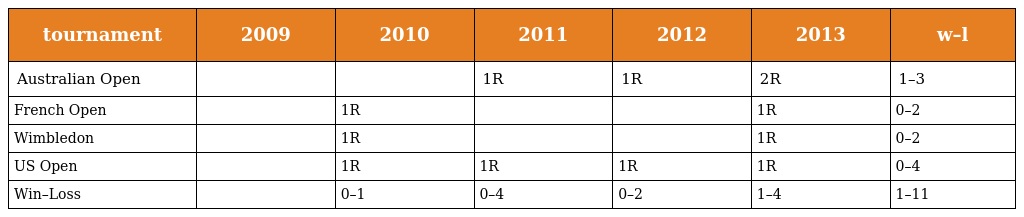
| tournament | 2009 | 2010 | 2011 | 2012 | 2013 | w–l |
 | --- | --- | --- | --- | --- | --- | --- |
 | Australian Open |  |  | 1R | 1R | 2R | 1–3 |
 | French Open |  | 1R |  |  | 1R | 0–2 |
 | Wimbledon |  | 1R |  |  | 1R | 0–2 |
 | US Open |  | 1R | 1R | 1R | 1R | 0–4 |
 | Win–Loss |  | 0–1 | 0–4 | 0–2 | 1–4 | 1–11 |